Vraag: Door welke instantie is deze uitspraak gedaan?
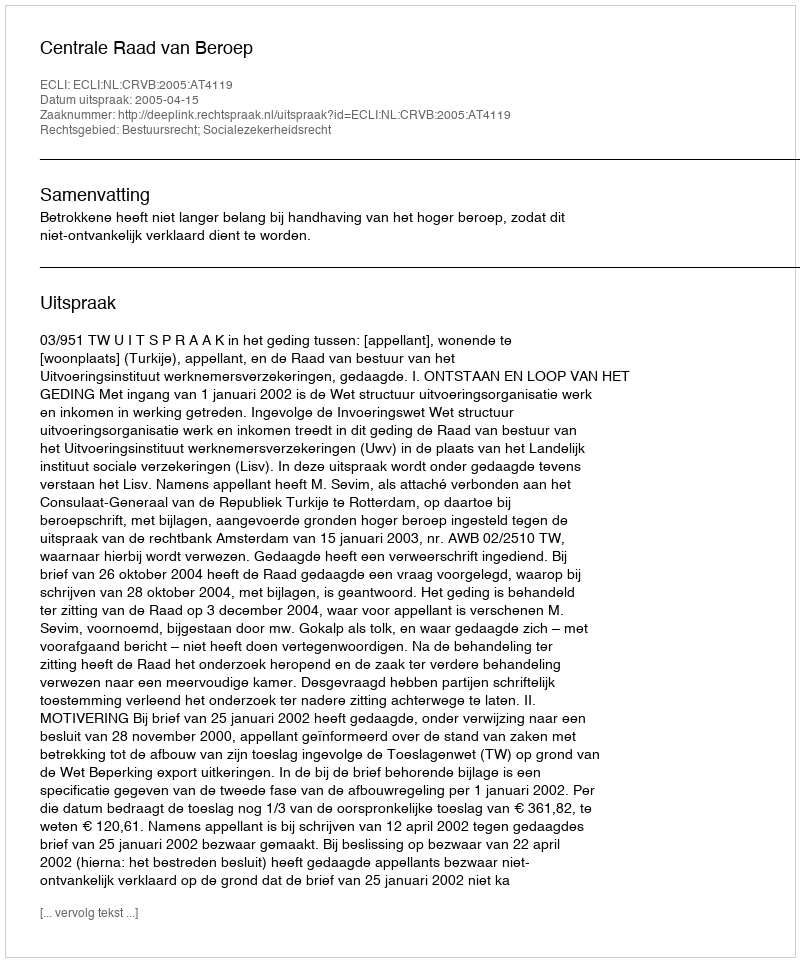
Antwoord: Centrale Raad van Beroep